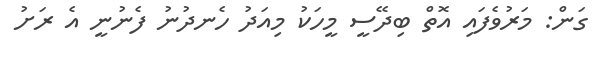
ގަން: މަރުވެފައި އޮތް ބިދޭސީ މީހަކު މިއަދު ހެނދުނު ފެނުނީ އެ ރަށު